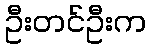
ဦးတင်ဦးက